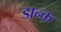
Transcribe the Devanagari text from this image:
डान्क